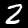
Label: 2